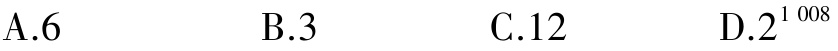
A.6 \quad B.3 \quad C.12 \quad D.2^{1008}